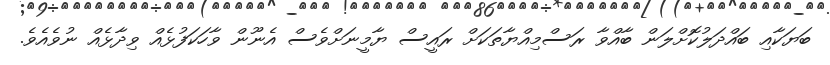
ބަޔަކާއި ބައްދަލުކޮށްލަން ބާއްވާ ރަސްމިއްޔާތަކަށް ރައީސް ޔާމީނަށްވެސް އެނޫން ވާހަކަފުޅެއް ވިދާޅެއް ނުވެއެވެ.